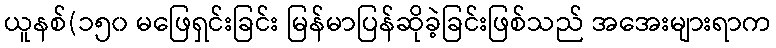
ယူနစ်(၁၅၀ မဖြေရှင်းခြင်း မြန်မာပြန်ဆိုခဲ့ခြင်းဖြစ်သည် အအေးများရာက